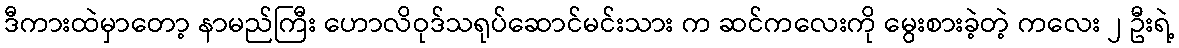
ဒီကားထဲမှာတော့ နာမည်ကြီး ဟောလိဝုဒ်သရုပ်ဆောင်မင်းသား က ဆင်ကလေးကို မွေးစားခဲ့တဲ့ ကလေး ၂ ဦးရဲ့